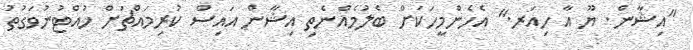
"އިޝާން. ޔޫ އާ ހިއަރ." އެހެންމީހަކަށް ބެލުމެއްނެތި އިޝާން އައިސް ކުރިމައްޗަށް ހުއްޓުނުވަގުތު